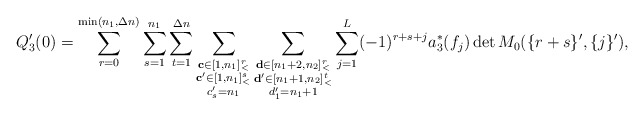
\begin{align*}Q'_3(0)=\sum\limits_{r=0}^{\min(n_1,\Delta n)}\sum\limits_{s=1}^{n_1}\sum\limits_{t=1}^{\Delta n}\sum\limits_{\substack{\mathbf{c}\in [1,n_1]_<^r\\\mathbf{c'}\in [1,n_1]_<^s\\c'_s=n_1}}\sum\limits_{\substack{\mathbf{d}\in [n_1+2,n_2]_<^{r}\\\mathbf{d'}\in [n_1+1,n_2]_<^t\\d'_1=n_1+1}}\sum\limits_{j=1}^L(-1)^{r+s+j}a_3^\ast(f_j)\det M_0(\{r+s\}',\{j\}'),\end{align*}